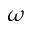
\omega